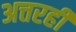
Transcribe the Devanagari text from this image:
अत्तरही